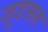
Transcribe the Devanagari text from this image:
जूडसन